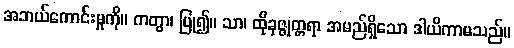
အဘယ်ကောင်းမှုကို။ ကတွာ၊ ပြု၍။ သာ၊ ထိုခုဇ္ဇုတ္တရာ အမည်ရှိသော ဒါယိကာမသည်။